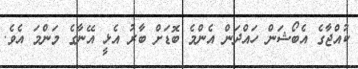
ކުއްޖާގެ އެބޯޝަން ހައްދަން އެންމެ ބޮޑަށް ބާރު އެޅީ އޭނާގެ މަންމަ އެވެ.